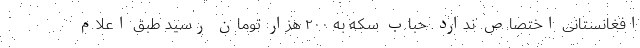
افغانستانی اختصاص ندارد. حباب سکه به ۲۰۰ هزار تومان رسید طبق اعلام